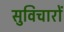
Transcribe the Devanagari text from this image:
सुविचारों